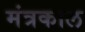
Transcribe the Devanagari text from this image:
मंत्रकाल